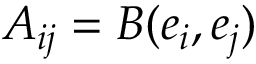
A _ { i j } = B ( e _ { i } , e _ { j } )